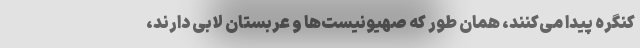
کنگره پیدا می‌کنند، همان طور که صهیونیست‌ها و عربستان لابی دارند،